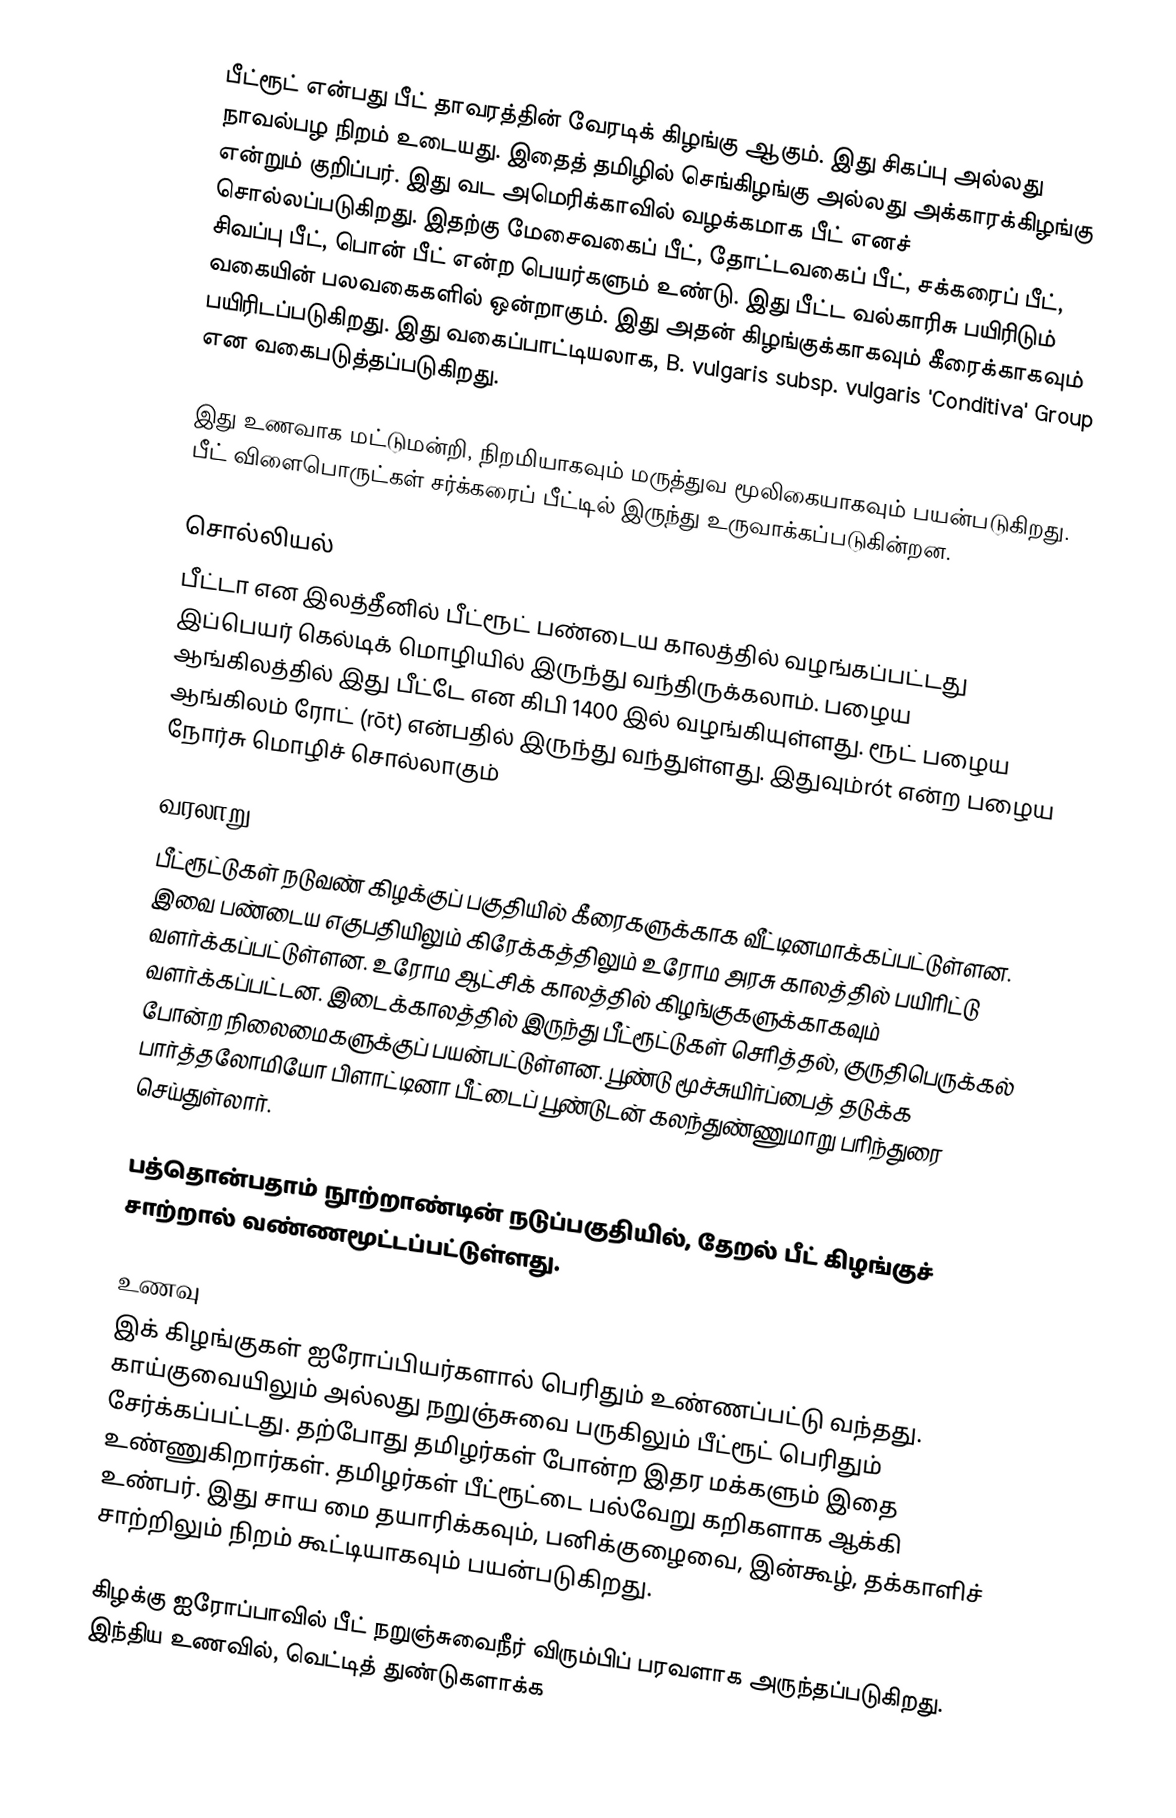
பீட்ரூட் என்பது  பீட் தாவரத்தின் வேரடிக் கிழங்கு ஆகும்.   இது சிகப்பு அல்லது நாவல்பழ நிறம் உடையது.  இதைத் தமிழில் செங்கிழங்கு அல்லது அக்காரக்கிழங்கு என்றும் குறிப்பர். இது வட அமெரிக்காவில் வழக்கமாக  பீட் எனச் சொல்லப்படுகிறது. இதற்கு   மேசைவகைப் பீட்,  தோட்டவகைப் பீட்,  சக்கரைப் பீட்,  சிவப்பு பீட்,   பொன் பீட் என்ற பெயர்களும் உண்டு. இது பீட்ட வல்காரிசு பயிரிடும் வகையின் பலவகைகளில் ஒன்றாகும். இது அதன் கிழங்குக்காகவும் கீரைக்காகவும் பயிரிடப்படுகிறது. இது வகைப்பாட்டியலாக,  B. vulgaris subsp. vulgaris 'Conditiva' Group என வகைபடுத்தப்படுகிறது.

இது உணவாக மட்டுமன்றி, நிறமியாகவும் மருத்துவ மூலிகையாகவும் பயன்படுகிறது.  பீட் விளைபொருட்கள் சர்க்கரைப் பீட்டில் இருந்து உருவாக்கப்படுகின்றன.

சொல்லியல்
பீட்டா என இலத்தீனில் பீட்ரூட் பண்டைய காலத்தில் வழங்கப்பட்டது இப்பெயர் கெல்டிக் மொழியில் இருந்து வந்திருக்கலாம். பழைய ஆங்கிலத்தில் இது பீட்டே  என கிபி 1400 இல் வழங்கியுள்ளது. ரூட் பழைய ஆங்கிலம் ரோட் (rōt) என்பதில்  இருந்து வந்துள்ளது. இதுவும்rót என்ற பழைய நோர்சு மொழிச் சொல்லாகும்

வரலாறு
பீட்ரூட்டுகள் நடுவண் கிழக்குப் பகுதியில் கீரைகளுக்காக வீட்டினமாக்கப்பட்டுள்ளன. இவை பண்டைய எகுபதியிலும் கிரேக்கத்திலும் உரோம அரசு காலத்தில் பயிரிட்டு வளர்க்கப்பட்டுள்ளன. உரோம ஆட்சிக் காலத்தில் கிழங்குகளுக்காகவும் வளர்க்கப்பட்டன.  இடைக்காலத்தில் இருந்து பீட்ரூட்டுகள் செரித்தல், குருதிபெருக்கல் போன்ற நிலைமைகளுக்குப் பயன்பட்டுள்ளன. பூண்டு மூச்சுயிர்ப்பைத் தடுக்க பார்த்தலோமியோ பிளாட்டினா பீட்டைப் பூண்டுடன் கலந்துண்ணுமாறு பரிந்துரை செய்துள்லார்.

பத்தொன்பதாம் நூற்றாண்டின் நடுப்பகுதியில்,  தேறல் பீட் கிழங்குச் சாற்றால் வண்ணமூட்டப்பட்டுள்ளது.

உணவு
இக் கிழங்குகள் ஐரோப்பியர்களால் பெரிதும் உண்ணப்பட்டு வந்தது.  காய்குவையிலும் அல்லது  நறுஞ்சுவை பருகிலும்  பீட்ரூட் பெரிதும் சேர்க்கப்பட்டது.   தற்போது தமிழர்கள் போன்ற இதர மக்களும் இதை உண்ணுகிறார்கள்.  தமிழர்கள் பீட்ரூட்டை பல்வேறு கறிகளாக ஆக்கி உண்பர். இது சாய மை தயாரிக்கவும், பனிக்குழைவை, இன்கூழ், தக்காளிச் சாற்றிலும் நிறம் கூட்டியாகவும் பயன்படுகிறது.

கிழக்கு ஐரோப்பாவில் பீட் நறுஞ்சுவைநீர் விரும்பிப் பரவளாக அருந்தப்படுகிறது.  இந்திய உணவில், வெட்டித் துண்டுகளாக்க